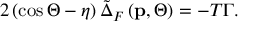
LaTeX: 2 \left( \cos \Theta - \eta \right) \tilde { \Delta } _ { F } \left( \mathbf { p } , \Theta \right) = - T \Gamma .